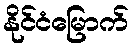
နိုင်ငံမြောက်